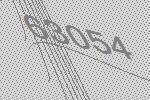
63054